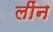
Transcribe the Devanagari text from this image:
लींन